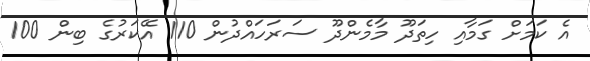
އެ ކަމަށް ގަމާއި ހިތަދޫ މާމެންދޫ ސަރަހައްދުން 110 އޭކަރުގެ ބިން 100